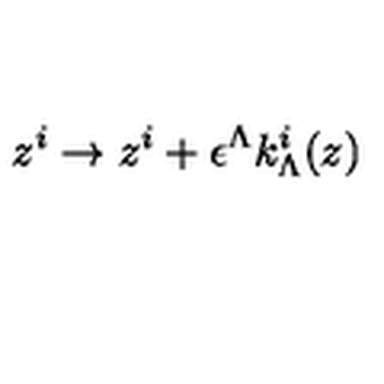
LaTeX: z ^ { i } \to z ^ { i } + \epsilon ^ { \Lambda } k _ { \Lambda } ^ { i } ( z )